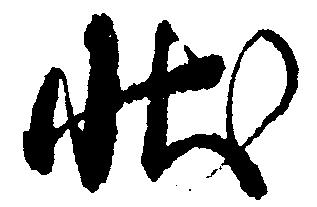
状